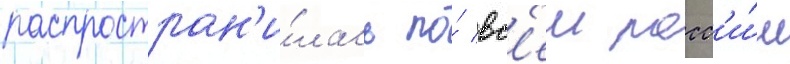
распростран'и́лась по́ вс'еи росс'и́и